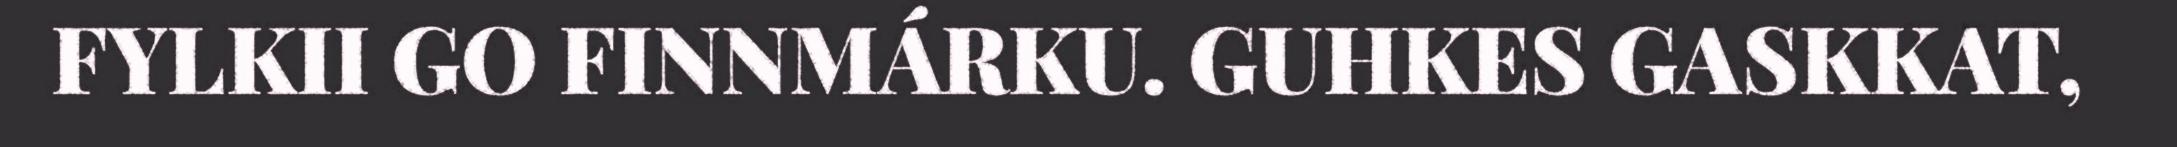
FYLKII GO FINNMÁRKU. GUHKES GASKKAT,